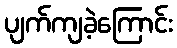
ပျက်ကျခဲ့ကြောင်း